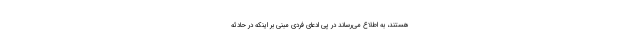
هستند، به اطلاع می‌رساند در پی ادعای فردی مبنی بر اینکه در حادثه